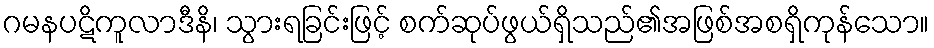
ဂမနပဋိကူလာဒီနိ၊ သွားရခြင်းဖြင့် စက်ဆုပ်ဖွယ်ရှိသည်၏အဖြစ်အစရှိကုန်သော။